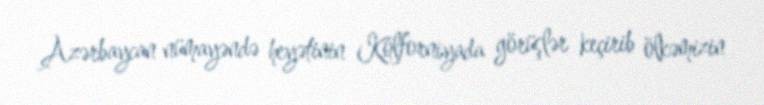
Azərbaycan nümayəndə heyətinin Kolforniyada görüşlər keçirib ölkəmizin